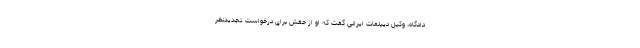
دادگاه، وکیل دیپلمات ایرانی گفت که او از حقش برای درخواست تجدیدنظر